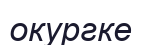
окургке